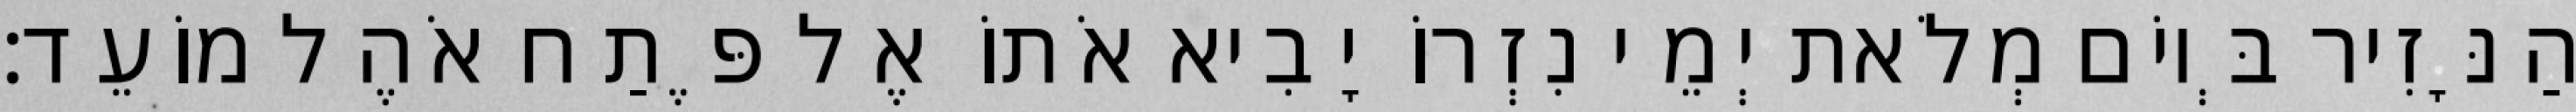
הַנָּזִיר בְּיוֹם מְלֹאת יְמֵי נִזְרוֹ יָבִיא אֹתוֹ אֶל פֶּתַח אֹהֶל מוֹעֵד׃